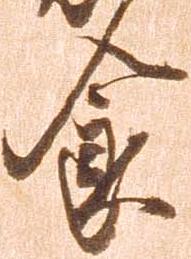
食